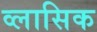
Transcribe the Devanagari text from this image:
व्लासिक